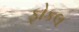
ફોકલ